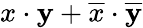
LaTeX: x\cdot\mathbf{y}+{\overline{{{x}}}}\cdot{\overline{{{\mathbf{y}}}}}